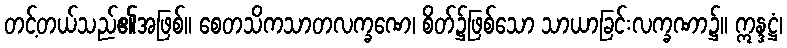
တင့်တယ်သည်၏အဖြစ်။ စေတသိကသာတလက္ခဏေ၊ စိတ်၌ဖြစ်သော သာယာခြင်းလက္ခဏာ၌။ ဣန္ဒဋ္ဌံ၊